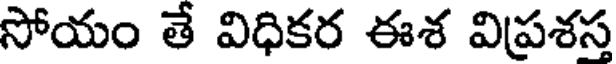
సోయం తే విధికర ఈశ విప్రశస